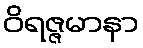
ဝိရဇ္ဇမာနာ